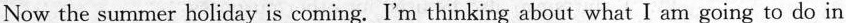
Now the summer holiday is coming. I'm thinking about what I am going to do in